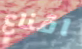
اقناع